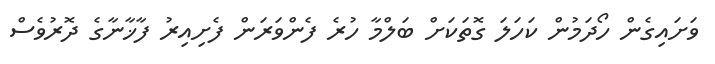
ވަށައިގެން ހޯދަމުން ކަހަލަ ގޮތަކަށް ބަލްމާ ހުރެ ފެންވަރަން ފެށިއިރު ފާޚާނާގެ ދޮރުވެސް